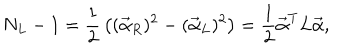
LaTeX: N _ { L } - 1 = { \frac { 1 } { 2 } } \left( ( \vec { \alpha } _ { R } ) ^ { 2 } - ( \vec { \alpha } _ { L } ) ^ { 2 } \right) = { \frac { 1 } { 2 } } \vec { \alpha } ^ { T } L \vec { \alpha } ,